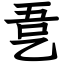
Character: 㐚